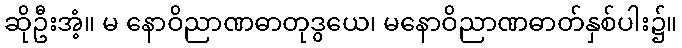
ဆိုဦးအံ့။ မ နောဝိညာဏဓာတုဒွယေ၊ မနောဝိညာဏဓာတ်နှစ်ပါး၌။